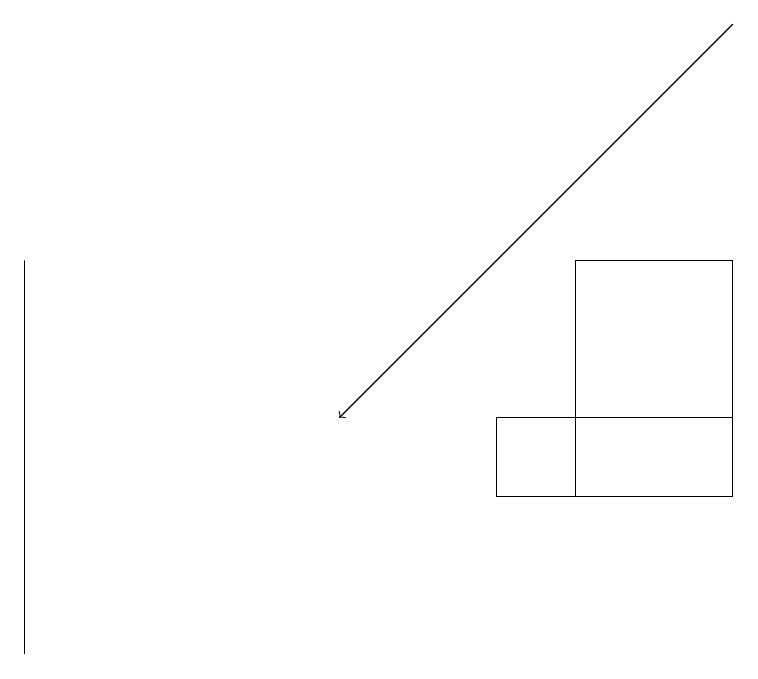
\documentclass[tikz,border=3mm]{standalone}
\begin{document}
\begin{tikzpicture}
\draw (7,13) rectangle (9,16);
\draw (0,16) rectangle (0,11);
\draw[->] (9,19) -- (4,14);
\draw (6,14) rectangle (9,13);
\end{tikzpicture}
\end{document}